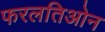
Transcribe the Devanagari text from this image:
फरलतिओन